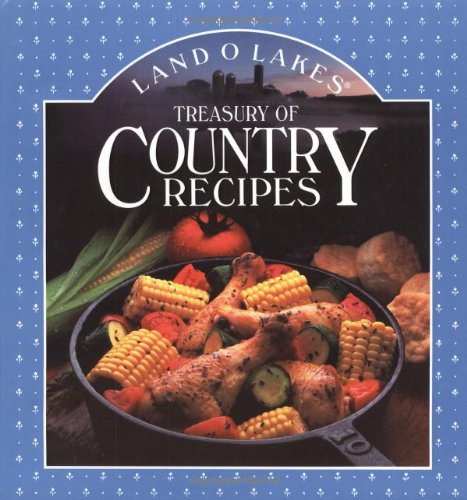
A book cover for Land O Lakes -  Treasury of Country Recipes; Cookbooks, Food & Wine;